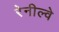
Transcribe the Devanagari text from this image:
रेनील्वे